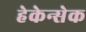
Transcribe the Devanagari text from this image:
हेकेन्सेक